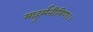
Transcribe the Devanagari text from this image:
माहुर्मनीषिण।।